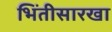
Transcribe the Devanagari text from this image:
भिंतीसारखा